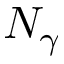
N _ { \gamma }